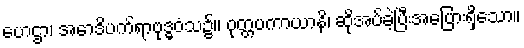
ဟေဌာ၊ အောဒိပက်ရာဗုဒ္ဓဝံသ၌။ ဝုတ္တပကာယာနိ၊ ဆိုအပ်ခဲ့ပြီးအေပြားရှိသော။